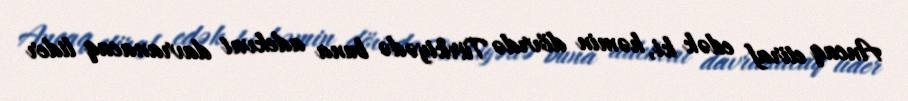
Ancaq etiraf edək ki, həmin dövrdə Türkiyədə buna adekvat davranacaq lider